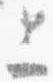
上